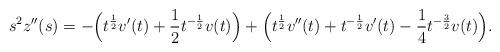
LaTeX: \begin{align*} s^2 z''(s) = - \Bigl( t^{\frac {1} {2}} v'(t) + \frac {1} {2} t^{- \frac {1} {2}} v(t) \Bigr) + \Bigl( t^{\frac {1} {2}} v''(t) + t^{- \frac {1} {2}} v '(t) - \frac {1} {4} t^{- \frac {3} {2}} v (t) \Bigr) .\end{align*}